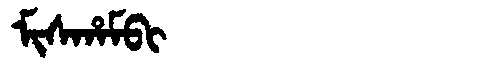
Manchu: ᠮᡳᠰᡥᠠᠮᠪᡳ
Romanization: MISHAMBI